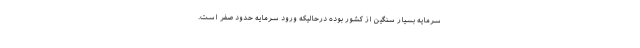
سرمایه بسیار سنگین از کشور بوده درحالیکه ورود سرمایه حدود صفر است.